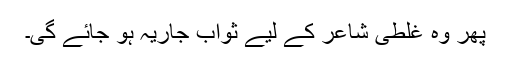
پھر وہ غلطی شاعر کے لیے ثوابِ جاریہ ہو جائے گی۔